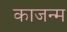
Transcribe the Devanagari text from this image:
काजन्‍म